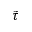
\tilde { \tau }